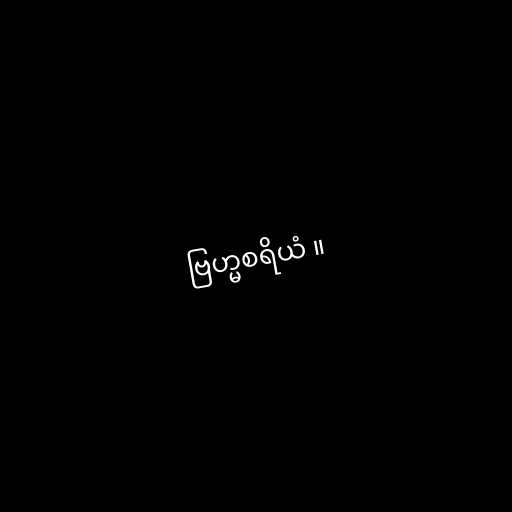
ဗြဟ္မစရိယံ ။